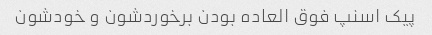
پیک اسنپ فوق العاده بودن برخوردشون و خودشون